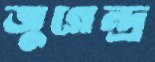
জুগেন্দ্র